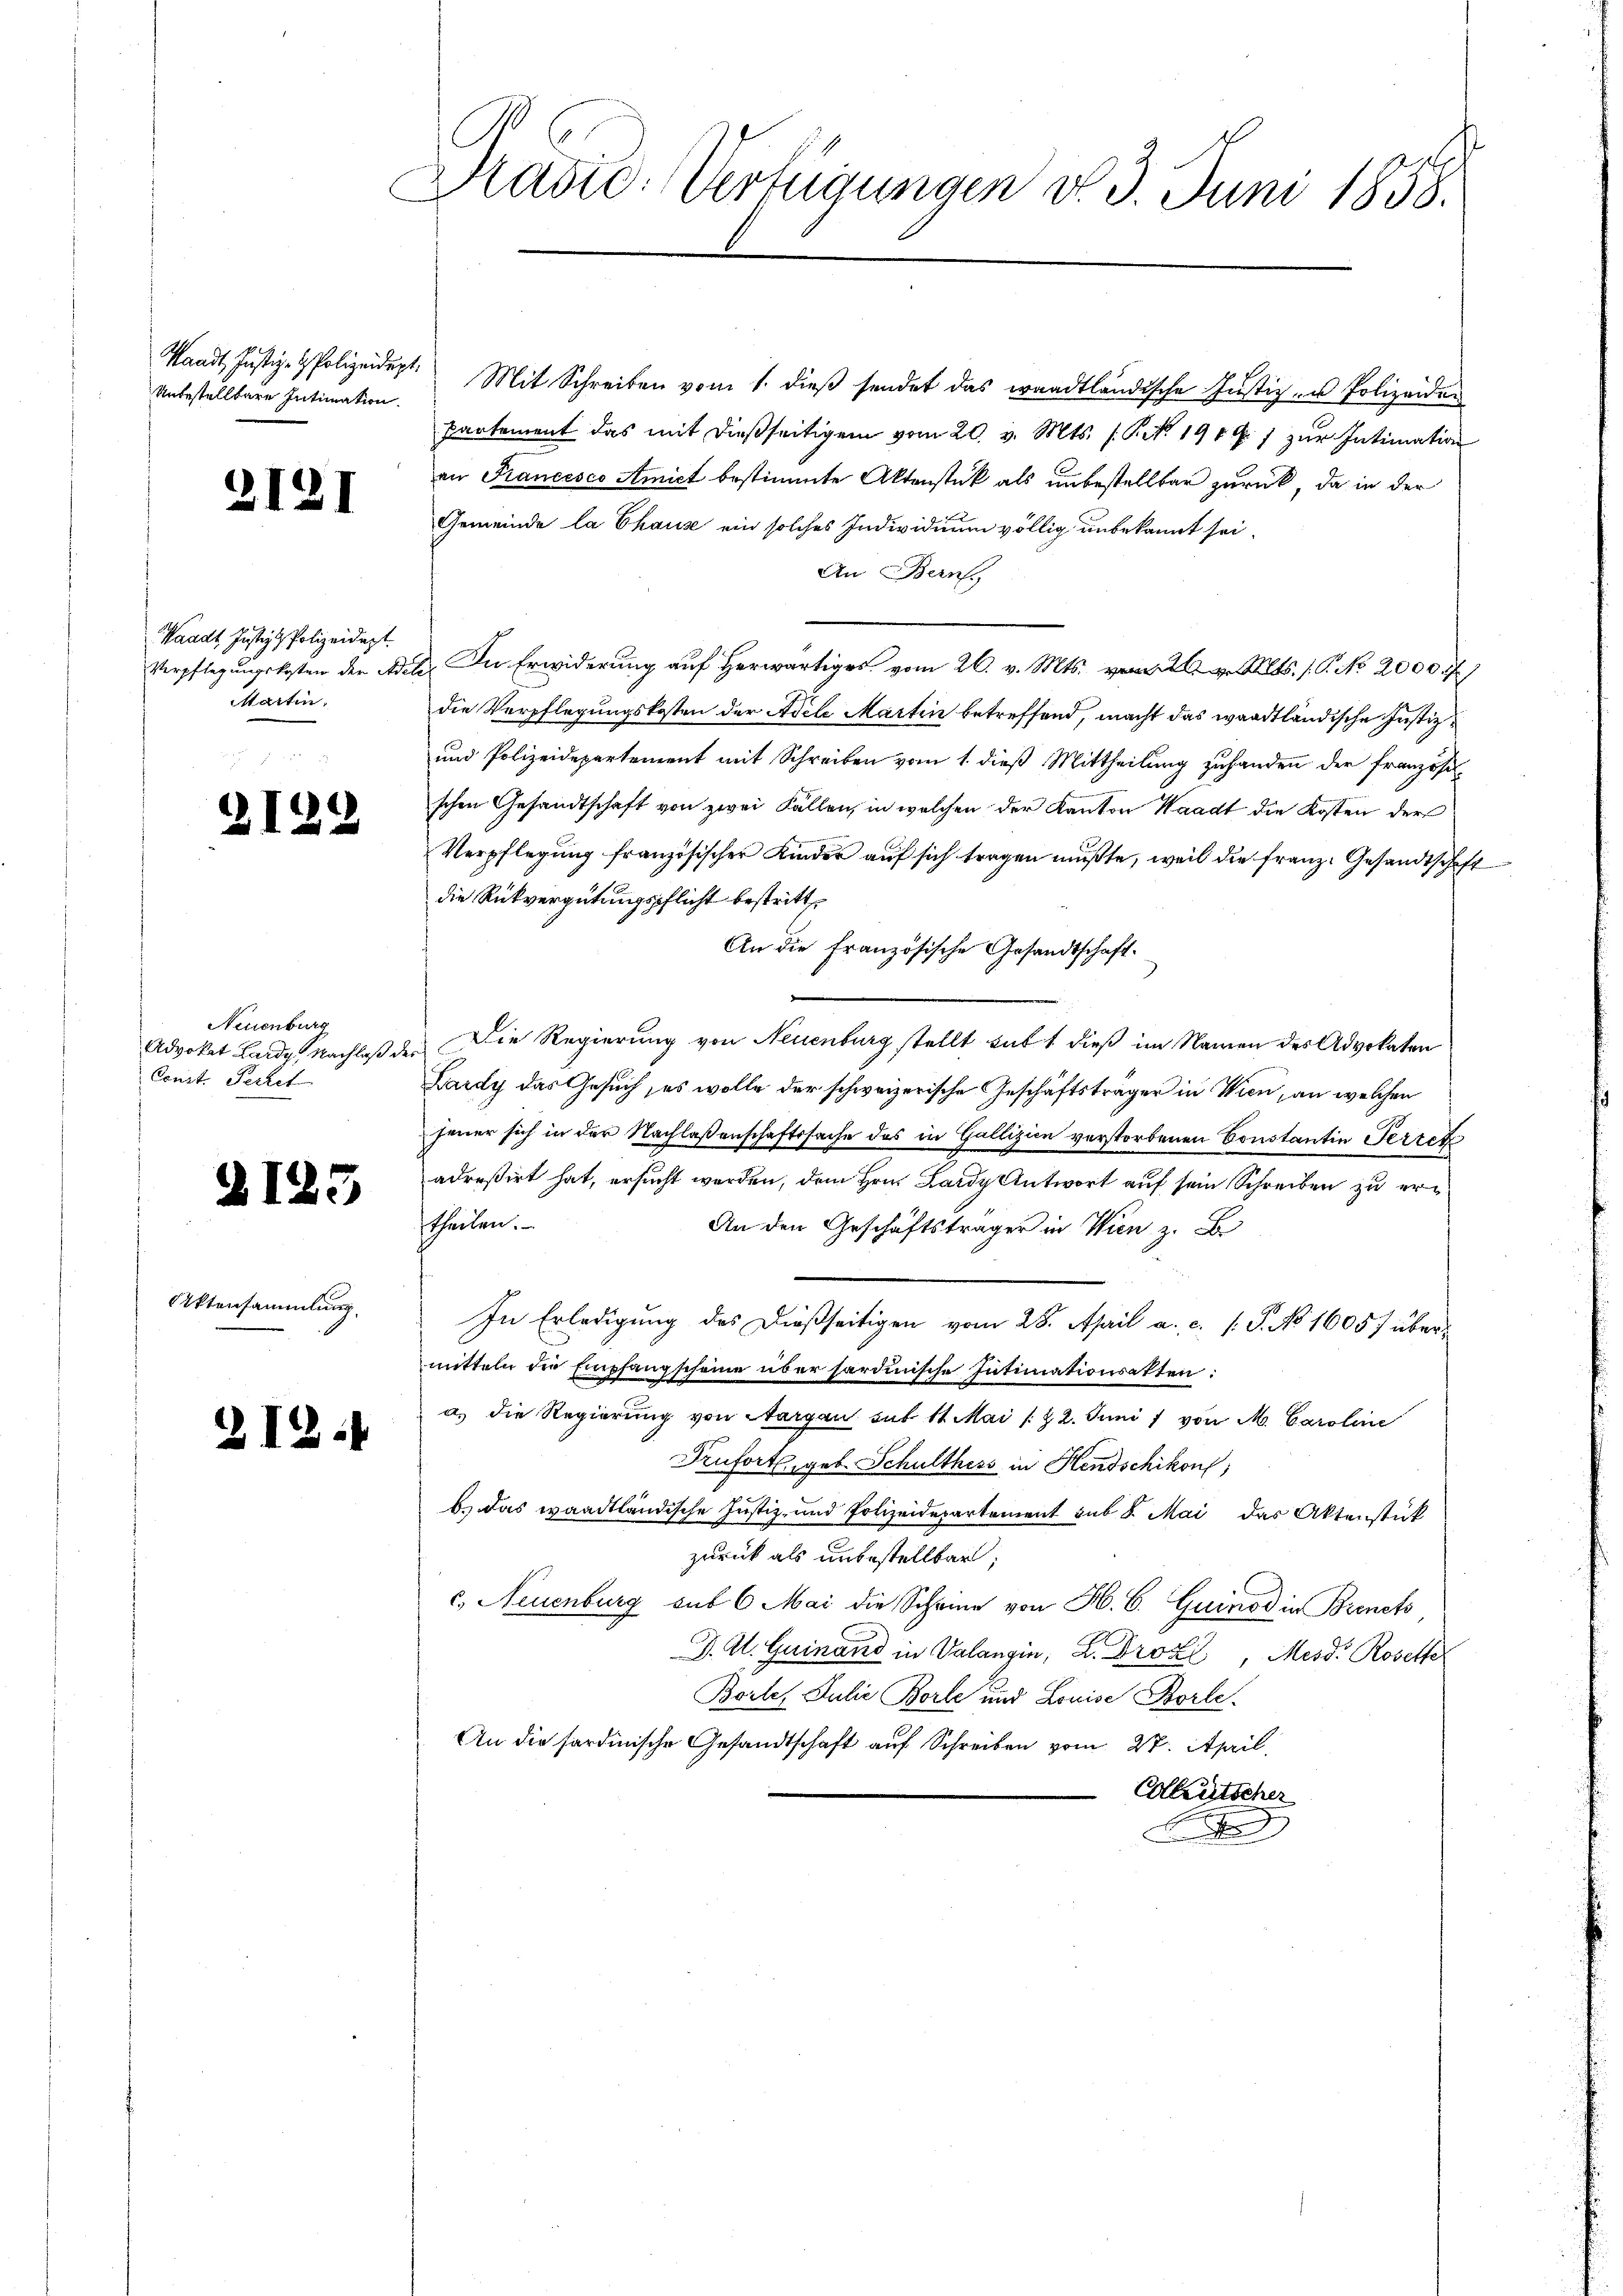
Unbestelltere Intimation.

Neuenburg
Advokat Lardy Nachlaß d
Const. Ferket

)

2121

Waadt, Justiz & Polizeidigt.
Martin,

125

2122

Attensammlung.

2

Dradid: Verfügungen d. 3. Juni 1858.

Standt, Justiz- & Polizeidigt. Mit Schreiben vom 1. dieβ sendet das waadtländische Justiz in Polizeiden
Partement das mit dießseitigem vom 20. v. Mts. s. S. 191 f. 1 zur Intimation
an Francesco Amict bestimmte Aktenstück als unbestellbar zurück, da in der
Gemeinde la Chaus ein solches Individuum völlig unbekannt sei.
An Bern.
Verpflegŭngskosten der die a. v. Mts. v. Mts. No. 2000)
die Verpflegungskosten der Adele Martin betreffend, macht das waadtländische Justiz¬
und Polizeidepartement mit Schreiben vom 1. dieß Mittheilung zuhanden der französischen Gesandtschaft von zwei Fallen, in welchen der Kanton Waadt die Kosten der
Verpflegung französischer Kinder auf sich tragen mußte, weil die Franz. Gesandtschaft
die Rückvergütungspflicht bestritt
An die französische Gesandtschaft.
des Die Regierung von Neuenburg stellt hatt dieß im Namen des Advokaten
Lardy das Gesuch, es wolle der schweizerische Geschäftsträger in Wien, an welchen
jener sich in der Nachlaßenschaftssache des in Gallizien verstorbenen Constantin Terrek
adreßirt hat, ersucht werden, dem Hrn. Lardy Antwort auf sein Schreiben zu ertheilen.
An den Geschäftsträger in Wien z. B.
In Erledigung des dießseitigen vom 28. April a. c. P. No 1605) übermitteln der Empfangscheine überhardinische Intimationsakten:
a. die Regierung von Aargau sub 11 Mai /22. Juni 1 von M. Caroline
Trufortgeb. Schulthess in Hendschikon,
b.) Das waadtländische Justiz- und Polizeidepartement sub 8. Mai das Aktenstück
zurück als unbestellbar;
c., Neuenburg sub 6 Mai die Scheine von H. C. Quinod in Brench
J. A. Guinand in Valangin, L. Drozl, Mess. Rosette
Bortes Julie Borle und Louise Borle
An die sardinische Gesandtschaft auf Schreiben vom 27. April.
Colletscher
g